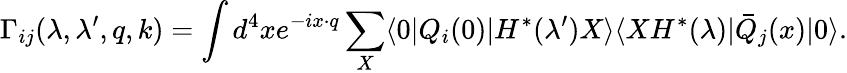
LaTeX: \Gamma_{ij}(\lambda,\lambda^{\prime},q,k)=\int d^{4}xe^{-ix\cdot q}\sum_{X}\langle 0\vert Q_{i}(0)\vert H^{*}(\lambda^{\prime})X\rangle\langle XH^{*}(\lambda)\vert\bar{Q}_{j}(x)\vert 0\rangle.